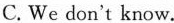
C. We don't know.